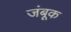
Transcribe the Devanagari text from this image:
जंबूक